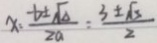
x = \frac { t \pm \sqrt { \Delta } } { 2 a } = \frac { 3 \pm \sqrt { 3 } } { 2 }